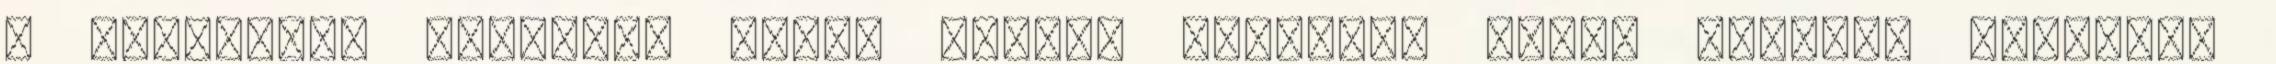
a navigátor ülésben, ezért lehet, keresünk magam helyett valakit,